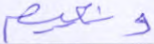
ونعيم